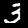
Label: 3